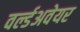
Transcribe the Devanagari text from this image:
वर्ल्डअवेयर